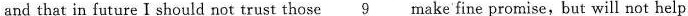
and that in future I should not trust those 9 make'fine promise,but will not help